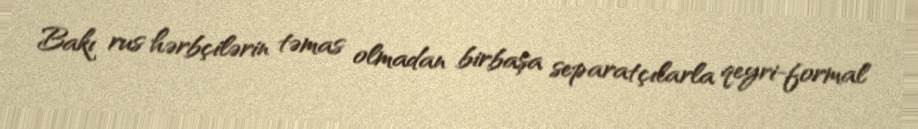
Bakı rus hərbçilərin təmas olmadan birbaşa separatçılarla qeyri-formal